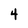
Character: 4